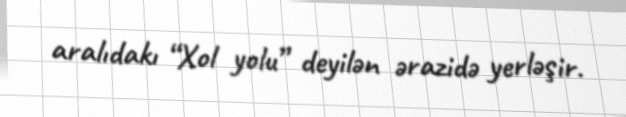
aralıdakı “Xol yolu” deyilən ərazidə yerləşir.